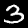
Digit: 3